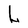
Character: L